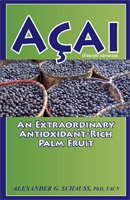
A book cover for Acai: An Extraordinary Antioxidant-Rich Palm Fruit; PhD, FACN Alexander G Schauss; Health, Fitness & Dieting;